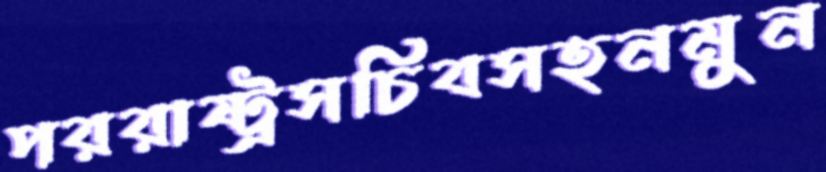
পররাষ্ট্রসচিবসহনমুন